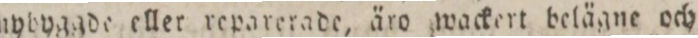
10 år nybyggde eller reparerade, äro wackert belägne och